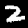
Label: 2